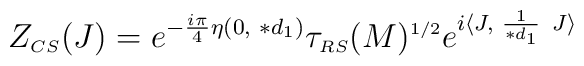
Z_{\scriptscriptstyle CS}(J) = e^{-\frac{i\pi}{4} \eta (0, \hskip 3pt \ast d_{\scriptscriptstyle 1})}\tau_{\scriptscriptstyle RS}(M)^{\scriptscriptstyle 1/2}e^{i \langle J, \hskip 3pt \frac{1}{\ast d_{\scriptscriptstyle 1}} \hskip4pt J \rangle}